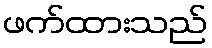
ဖက်ထားသည်